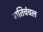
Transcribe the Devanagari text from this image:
गतिचंचल